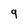
Character: 9